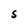
Character: s